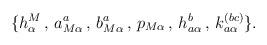
LaTeX: \begin{align*}\{h^M_\alpha\, ,\, a_{M\alpha}^a\, ,\, b_{M\alpha}^a\, ,\, p_{M \alpha}\, ,\, h_{a \alpha}^b\, ,\, k_{a \alpha}^{(bc)}\}.\end{align*}